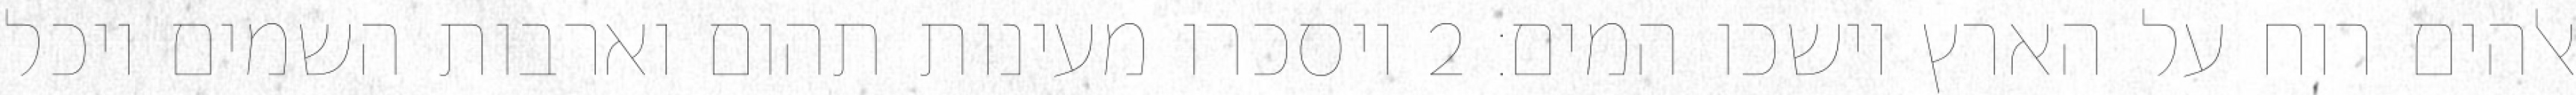
אלהים רוח על הארץ וישכו המים׃ ‎2‏ ויסכרו מעינות תהום וארבות השמים ויכל